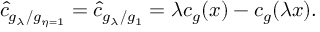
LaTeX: \hat { c } _ { g _ { \lambda } / g _ { \eta = 1 } } = \hat { c } _ { g _ { \lambda } / g _ { 1 } } = \lambda c _ { g } ( x ) - c _ { g } ( \lambda x ) .